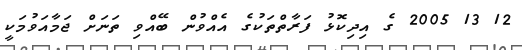
12 13 2005 ގެ އިދިކޮޅު ފަރާތްތަކުގެ އެއްވުން ބޭއްވި ތަނަށް ޖަމާއަވުމަކީ